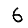
Digit: 6